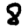
Digit: 8